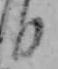
日